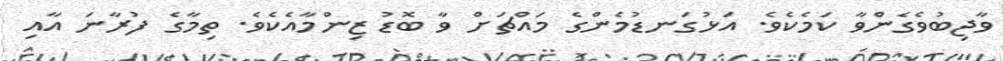
ވާޖިބުވެގެންްވާ ކަމެކެވެ. އަޅުގަނޑުމެންގެ މައްޗަށް ވާ ބޮޑު ޒިންމާއެކެވެ. ތިމާގެ ފުރާނަ އާއި